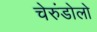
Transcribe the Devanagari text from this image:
चेरुंडोलो